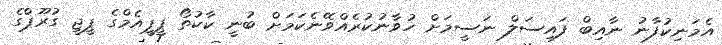
އެމަނިކުފާނު ނާއިބް ފައިސަލް ނަސީމަށް ހުވާނުކުރެއްވޭނެކަމަށް ބުނީ ކާކުތޯ ޕީޕީއެމްގެ ޕީޖީ ގުރޫޕްގެ